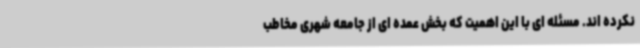
نکرده اند. مسئله ای با این اهمیت که بخش عمده ای از جامعه شهری مخاطب